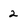
Character: 2